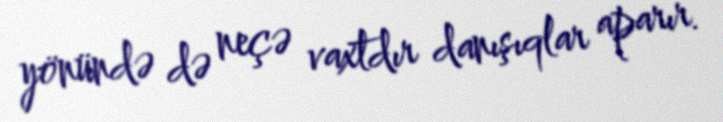
yönündə də neçə vaxtdır danışıqlar aparır.